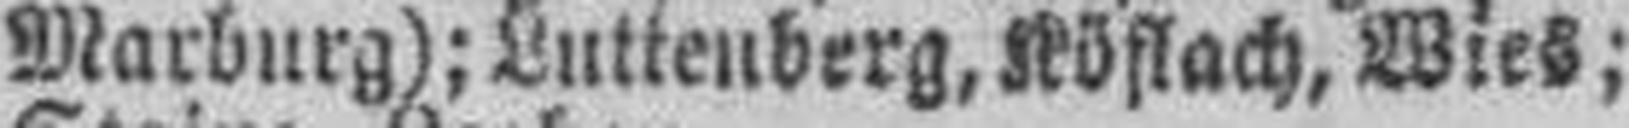
Marburg); Luttenberg, Köflach, Wies;